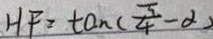
H F = \tan ( \frac { \pi } { 4 } - \alpha )